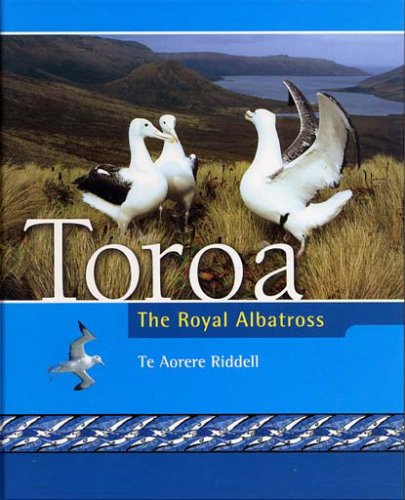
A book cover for Toroa: The Royal Albatross; Te Aorere Riddell; Children's Books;